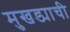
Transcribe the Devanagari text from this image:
मुखड्याची